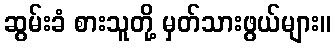
ဆွမ်းခံ စားသူတို့ မှတ်သားဖွယ်များ။